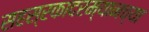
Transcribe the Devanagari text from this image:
सहस्रकादरम्यानच्या